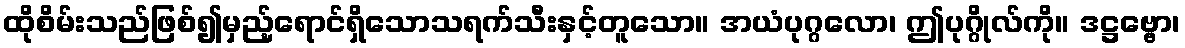
ထိုစိမ်းသည်ဖြစ်၍မှည့်ရောင်ရှိသောသရက်သီးနှင့်တူသော။ အယံပုဂ္ဂလော၊ ဤပုဂ္ဂိုလ်ကို။ ဒဋ္ဌဗ္ဗော၊